Calcutta medical institutions reports 1871-78
Year: 1871
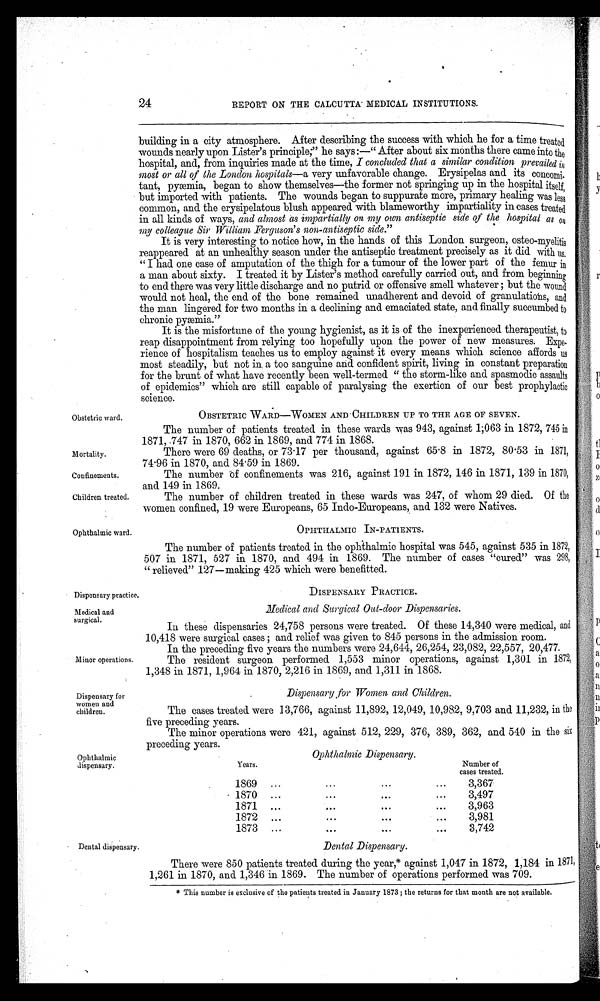
Obstetric ward.
Mortality.
Confinements.
Children treated.
Ophthalmic ward.
Dispensary practice,
Medical and
surgical.
Minor operations.
Dispensary for
women and
children.
Ophthalmic
dispensary.
•
Dental dispensary.
24
REPORT ON THE CALCUTTA MEDICAL INSTITUTIONS.
building in a city atmosphere. After describing the success with which he for a time treated
wounds nearly upon Lister's principle;" he says:—"After about six months there came into the
hospital, and, from inquiries made at the time, I concluded that a similar condition prevailed i
n
most or all of the London hospitals— a very unfavorable change. Erysipelas and its concomi
-
tant, pyæmia, began to show themselves—the former not springing up in the hospital itself,
but imported with patients. The wounds began to suppurate more, primary healing was less
common, and the erysipelatous blush appeared with blameworthy impartiality in cases treated
in all kinds of ways, and almost as impartially on my own antiseptic side of the hospital as on
my colleague Sir William Ferguson's non-antiseptic side."
It is very interesting to notice how, in the hands of this London surgeon, osteo-myelitis
reappeared at an unhealthy season under the antiseptic treatment precisely as it did with us.
"I had one case of amputation of the thigh for a tumour of the lower part of the femur in
a man about sixty. I treated it by Lister's method carefully carried out, and from beginnin
g
to end there was very little discharge and no putrid or offensive smell whatever; but the woun
d
would not heal, the end of the bone remained unadherent and devoid of granulations, and
the man lingered for two months in a declining and emaciated state, and finally succumbed to
chronic pyæmia."
It is the misfortune of the young hygienist, as it is of the inexperienced therapeutist, to
reap disappointment from relying too hopefully upon the power of new measures. Expe
-
rience of hospitalism teaches us to employ against it every means which science affords us
most steadily, but not in a too sanguine and confident spirit, living in constant preparation
for the brunt of what have recently been well-termed "the storm-like and spasmodic assaults
of epidemics" which are still capable of paralysing the exertion of our best prophylactic
science.
OBSTETRIC WARD-WOMEN AND—CHILDREN UP TO THE AGE OF SEVEN.
The number of patients treated in these wards was 943, against 1;063 in 1872, 745 in
1871, 747 in 1870, 662 in 1869, and 774 in 1868.
There were 69 deaths, or 73 . 17 per thousand, against 65 . 8 in 1872, 80 . 53 in 1871,
74. 96 in 1870, and 84. 59 in 1869.
The number of confinements was 216, against 191 in 1872, 146 in 1871, 139 in 1870,
and 149 in 1869.
The number of children treated in these wards was 247, of whom 29 died. Of the
women confined, 19 were Europeans, 65 Indo-Europeans, and 132 were Natives.
OPHTHALMIC IN-PATIENTS.
The number of patients treated in the ophthalmic hospital was 545, against 535 in 1872,
507 in 1871, 527 in 1870, and 494 in 1869. The number of cases "cured" was 298,
"relieved" 127—making 425 which were benefitted.
DISPENSARY PRACTICE.
Medical and Surgical Out-door Dispensaries.
In these dispensaries 24,758 persons were treated. Of these 14,340 were medical, and
10,418 were surgical cases; and relief was given to 845 persons in the admission room.
In the preceding five years the numbers were 24,644, 26,254, 23,082, 22,557, 20,477.
The resident surgeon performed 1,553 minor operations, against 1,301 in 1872,
1,348 in 1871, 1,964 in 1870, 2,216 in 1869, and 1,311 in 1868.
Dispensary for Women and Children.
The cases treated were 13,766, against 11,892, 12,049, 10,982, 9,703 and 11,232, in the
five preceding years.
The minor operations were 421, against 512, 229, 376, 389, 362, and 540 in the six
preceding years.
Ophthalmic Dispensary.
Years.
Number of
cases treated.
1869
3,367
1870
3,497
1871
3,963
1872
3,981
1873
3,742
Dental Dispensary.
There were 850 patients treated during the year, * against 1,047 in 1872, 1,184 in 1871,
1,261 in 1870, and. 1,346 in 1869. The number of operations performed was 709.
* This number is exclusive of the patients treated in January 1873; the returns for that month are not available.